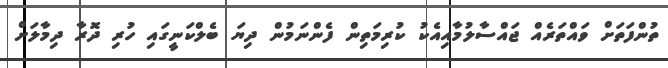
ތުންފަތަށް ވައްތަރެއް ޖައްސާލުމާއިއެކު ކުރިމަތިން ފެންނަމުން ދިޔަ ބެލްކަނީގައި ހުރި ދޮރާ ދިމާލަށް